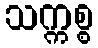
သက္ကစ္စ